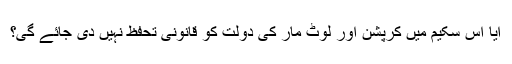
آیا اس سکیم میں کرپشن اور لوٹ مار کی دولت کو قانونی تحفظ نہیں دی جائے گی؟